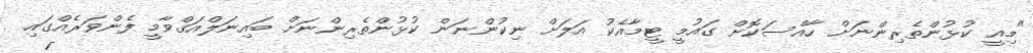
"މިއީ ކުޅުންތެރިންނަށް ހާއްސަކޮށް ގައުމީ ޓީމާއެކު އަލަށް ނިކުންނަން ކުޅުންތެރިންނަށް ބައިނަލްއަގްވާމީ ފެންވަރެއްގައި